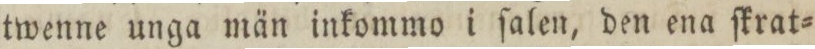
twenne unga män inkommo i ſalen, den ena ſkrat=